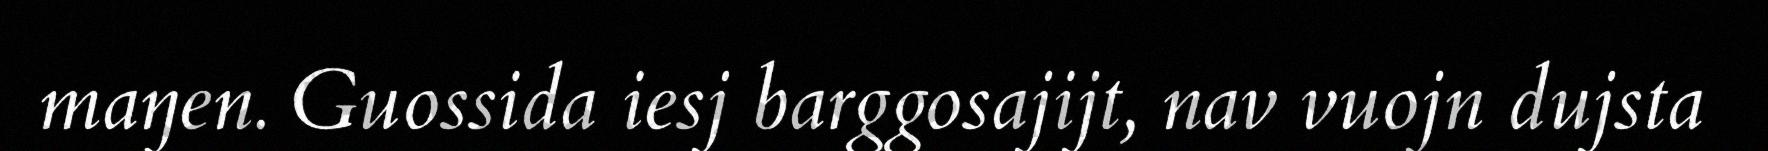
maŋen. Guossida iesj barggosajijt, nav vuojn dujsta